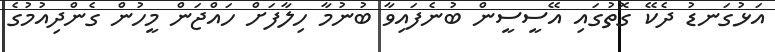
އަޅުގަނޑު ދެކޭ ގޮތުގައި އޭސީސީން ބުނެފައިވާ ބުނުމާ ހިލާފަށް ހައްޖަން މީހުން ގެންދިއުމުގެ